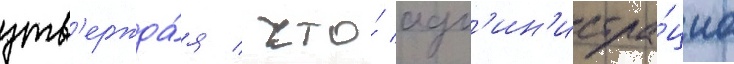
утв'ержда́я / что́ адм'ин'истра́циа